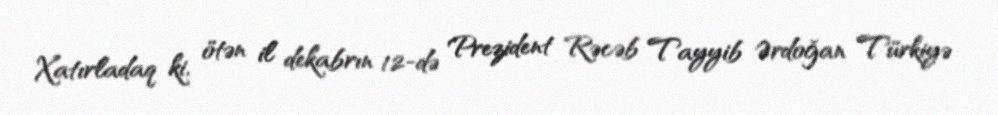
Xatırladaq ki, ötən il dekabrın 12-də Prezident Rəcəb Tayyib Ərdoğan Türkiyə